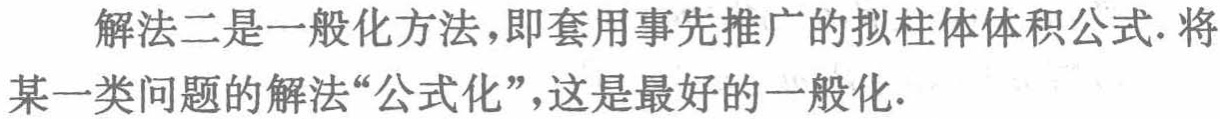
解法二是一般化方法，即套用事先推广的拟柱体体积公式. 将某一类问题的解法“公式化”，这是最好的一般化.